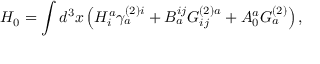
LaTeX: H _ { 0 } = \int d ^ { 3 } x \left( H _ { i } ^ { a } \gamma _ { a } ^ { ( 2 ) i } + B _ { a } ^ { i j } G _ { i j } ^ { ( 2 ) a } + A _ { 0 } ^ { a } G _ { a } ^ { ( 2 ) } \right) ,